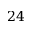
2 4